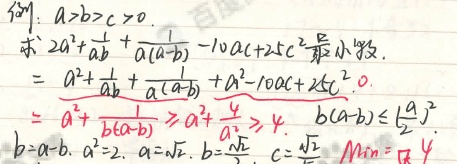
设\(a>b>c>0\)，求\(2a^{2}+\frac{1}{ab}+\frac{1}{a(a - b)}-10ac + 25c^{2}\)的最小值。

\[
\begin{align*}
&2a^{2}+\frac{1}{ab}+\frac{1}{a(a - b)}-10ac + 25c^{2}\\
=&a^{2}+\frac{1}{ab}+\frac{1}{a(a - b)}+a^{2}-10ac + 25c^{2}\\
\geqslant&0
\end{align*}
\]

\[
\begin{align*}
&a^{2}+\frac{1}{b(a - b)}\\
\geqslant&a^{2}+\frac{4}{a^{2}}\\
\geqslant&4
\end{align*}
\]

因为\(b(a - b)\leqslant(\frac{a}{2})^{2}\)，当\(b = a - b\)，\(a^{2}=2\)，即\(a = \sqrt{2}\)，\(b=\frac{\sqrt{2}}{2}\)，\(c=\frac{\sqrt{2}}{5}\)时，\(\text{Min}=4\)